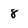
Character: 8